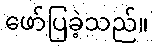
ဖော်ပြခဲ့သည်။